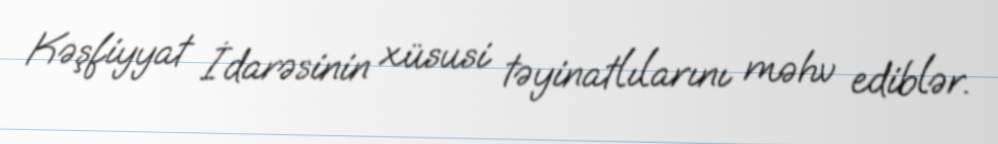
Kəşfiyyat İdarəsinin xüsusi təyinatlılarını məhv ediblər.